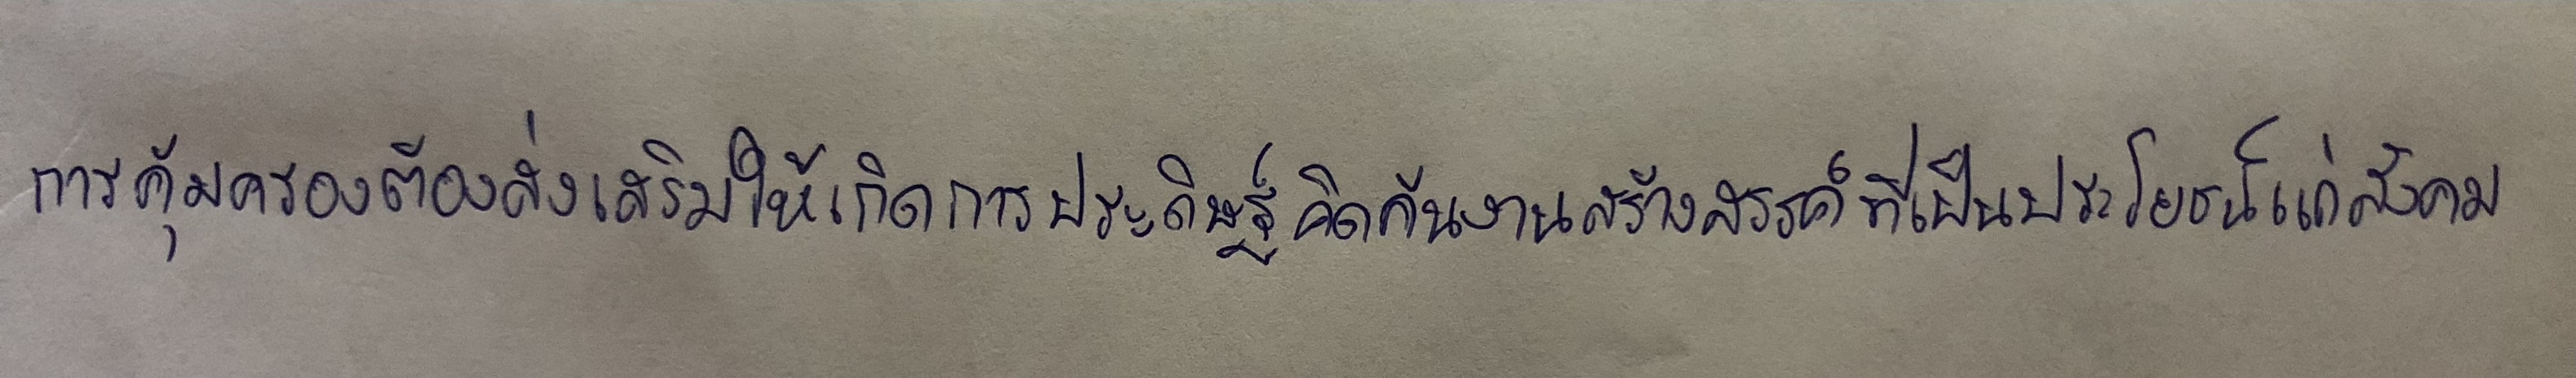
การคุ้มครองต้องส่งเสริมให้เกิดการประดิษฐ์คิดค้นงานสร้างสรรค์ที่เป็นประโยชน์แก่สังคม